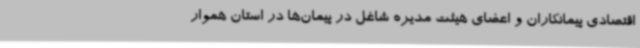
اقتصادی پیمانکاران و اعضای هیئت مدیره شاغل در پیمان‌ها در استان هموار